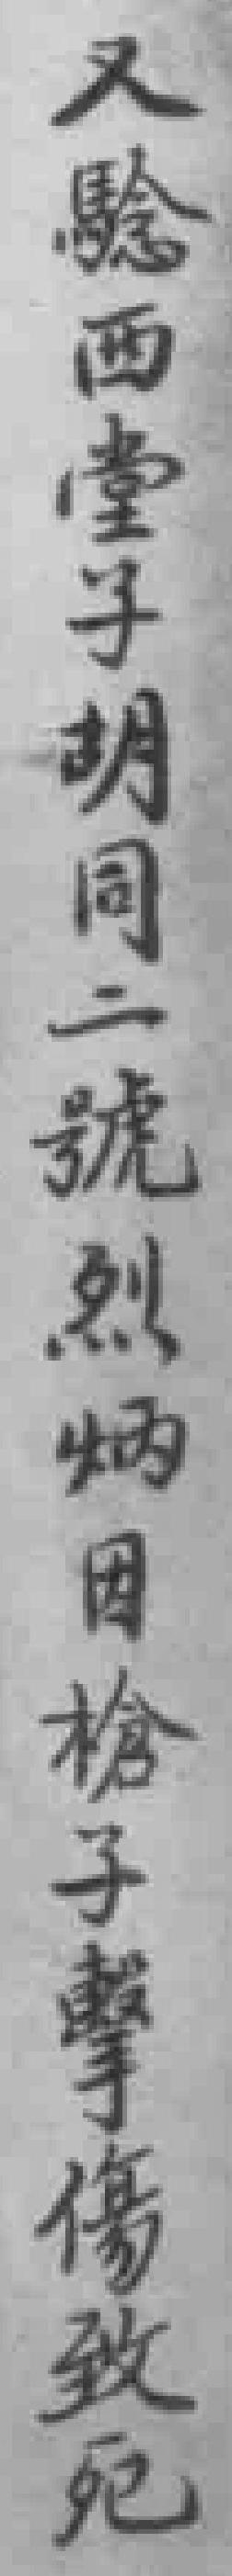
又騐西堂子胡同二號烈炳因槍子擊傷致死